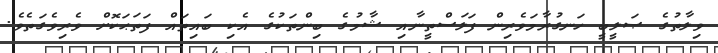
ވިލާތުގެ ޞަލީބީ ހަނގުރާމަވެރިން ފަލަސްތީނާއި ޝާމުގެ ބިންތަކުގެ އެކި ބައިތައް ފަތަޙަކޮށް ވެރިވެގަތެވެ.